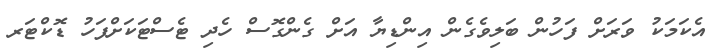
އެކަމަކު ވަރަށް ފަހުން ބަލިވެގެން އިންޑިޔާ އަށް ގެންގޮސް ހެދި ޓެސްޓަކަށްފަހު ޑޮކްޓަރ